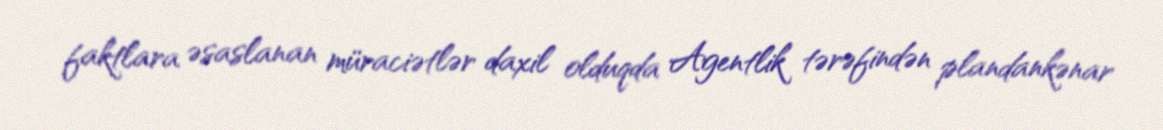
faktlara əsaslanan müraciətlər daxil olduqda Agentlik tərəfindən plandankənar